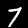
Label: 7